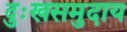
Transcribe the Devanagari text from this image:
दुःखसमुदाय